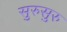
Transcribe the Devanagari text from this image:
सुरुसुरु